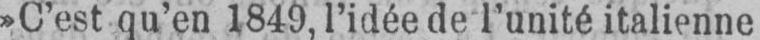
»C’est qu’en 1849, l’idée de l’unité italienne